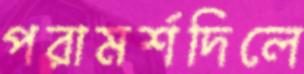
পরামর্শদিলে